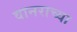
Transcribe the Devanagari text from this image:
वानराच्या